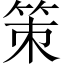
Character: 策